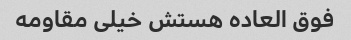
فوق العاده هستش خیلی مقاومه